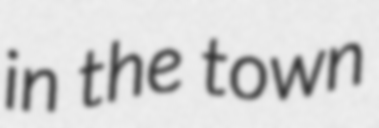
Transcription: in the town